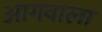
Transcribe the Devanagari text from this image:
आगवाला